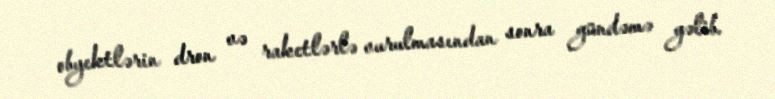
obyektlərin dron və raketlərlə vurulmasından sonra gündəmə gəlib.